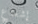
إشعاع